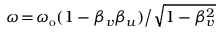
\omega \! = \! \omega _ { \mathrm { o } } ( 1 - \beta _ { v } \beta _ { u } ) \big / \sqrt { 1 - \beta _ { v } ^ { 2 } }